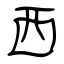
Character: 西